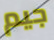
جيم